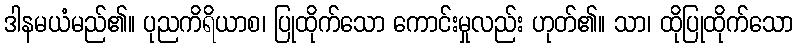
ဒါနမယံမည်၏။ ပုညကိရိယာစ၊ ပြုထိုက်သော ကောင်းမှုလည်း ဟုတ်၏။ သာ၊ ထိုပြုထိုက်သော